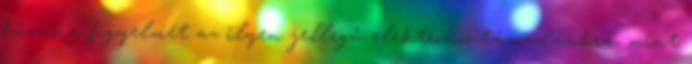
hívni a figyelmét az ilyen jellegű elektromos támadásokra, mint